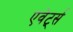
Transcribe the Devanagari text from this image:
एवेर्ट्स